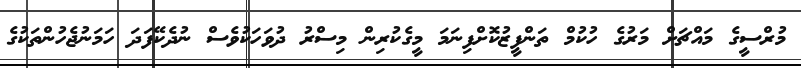
މުރްސީގެ މައްޗަށް މަރުގެ ހުކުމް ތަންފީޒުކޮށްފިނަމަ މީގެކުރިން މިސްރު ދުވަހަކުވެސް ނުދެކޭފަދަ ހަމަނުޖެހުންތަކުގެ